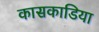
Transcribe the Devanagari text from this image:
कासकाडिया